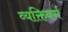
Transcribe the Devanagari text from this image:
व्यक्तिवर्ग